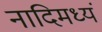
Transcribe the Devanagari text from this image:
नादिमध्यं